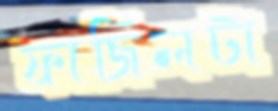
ফাজিলটা